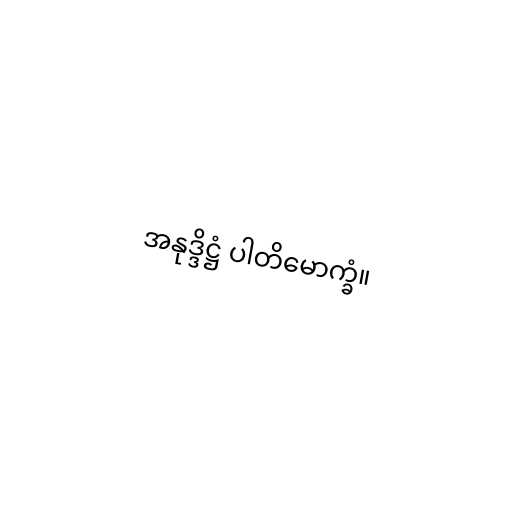
အနုဒ္ဒိဋ္ဌံ ပါတိမောက္ခံ။